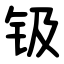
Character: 钑